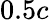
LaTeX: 0.5c